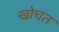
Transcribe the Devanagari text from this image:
खोचत